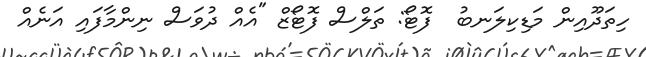
ހިތަދޫއިން މަޑިކިލަނބު  ފޮޓޯ: ތަލްސް ފޮޓޯޒް "އެއް ދުވަސް ނިންމާފައި އަނެއް